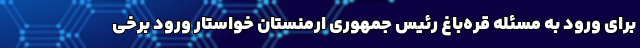
برای ورود به مسئله قره‌باغ رئیس جمهوری ارمنستان خواستار ورود برخی